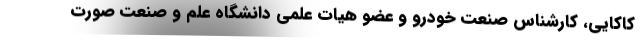
کاکایی، کارشناس صنعت خودرو و عضو هیات علمی دانشگاه علم و صنعت صورت